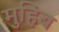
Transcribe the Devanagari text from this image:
मुहिब